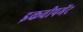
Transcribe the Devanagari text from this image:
इकवीपमेंट